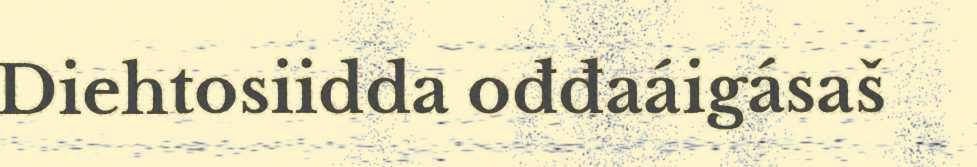
Diehtosiidda ođđaáigásaš